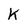
Character: K